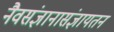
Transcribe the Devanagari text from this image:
नैवसंज्ञानासंज्ञायतन